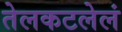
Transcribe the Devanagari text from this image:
तेलकटलेलं